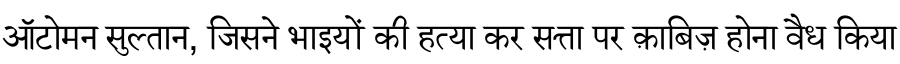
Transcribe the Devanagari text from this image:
ऑटोमन सुल्तान, जिसने भाइयों की हत्या कर सत्ता पर क़ाबिज़ होना वैध किया